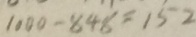
1 0 0 0 - 8 4 8 = 1 5 2